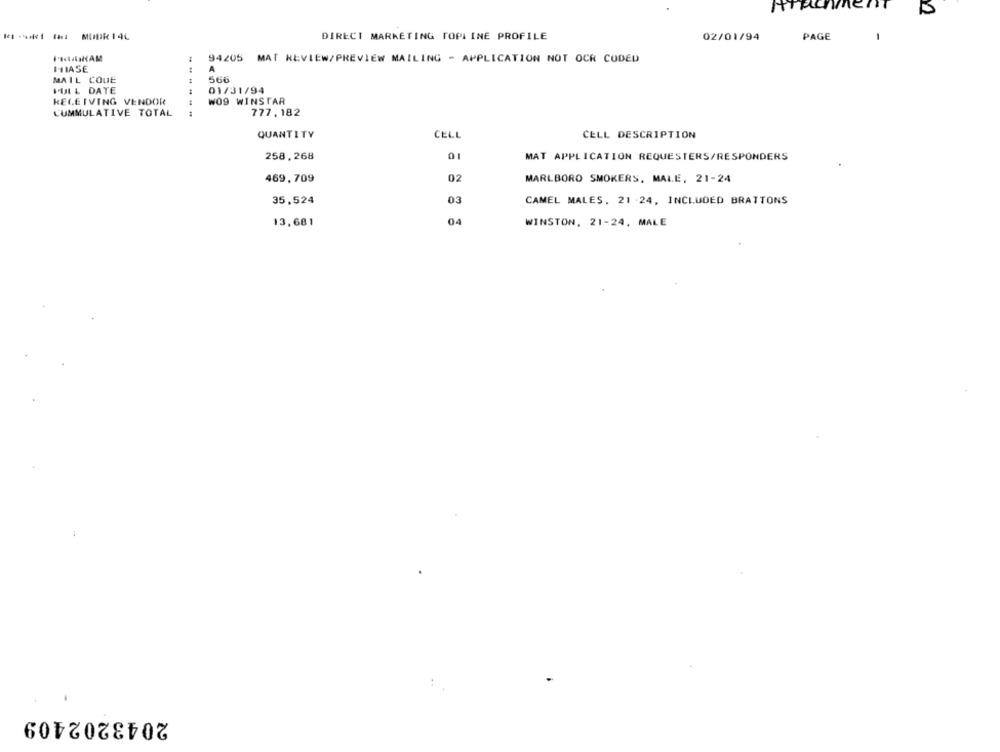
DIRECT MARKETING TOPLINE PROFILE
02/01/94
PAGE
-
PRAHAM
94205 MAT KŁVIEW/PREVIEW MAILING - APPLICATION NOT OCR CODED
IHIASE
A
MAIL COUE
566
PULL DATE
01/31/94
RECEIVING VENDOR
WO9 WINSTAR
CUMMULATIVE TOTAL
777,182
QUANTITY
CELL
CELL DESCRIPTION
258,268
01
MAT APPLICATION REQUESTERS/RESPONDERS
469,709
02
MARLBORO SMOKERS, MALE, 21-24
35,524
03
CAMEL MALES. 21 -24, INCLUDED BRATTONS
13,681
04
WINSTON, 21-24, MALE
2043202409